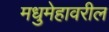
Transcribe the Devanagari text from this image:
मधुमेहावरील